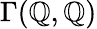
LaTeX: \Gamma(\mathbb{Q},\mathbb{Q})